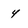
Character: 4